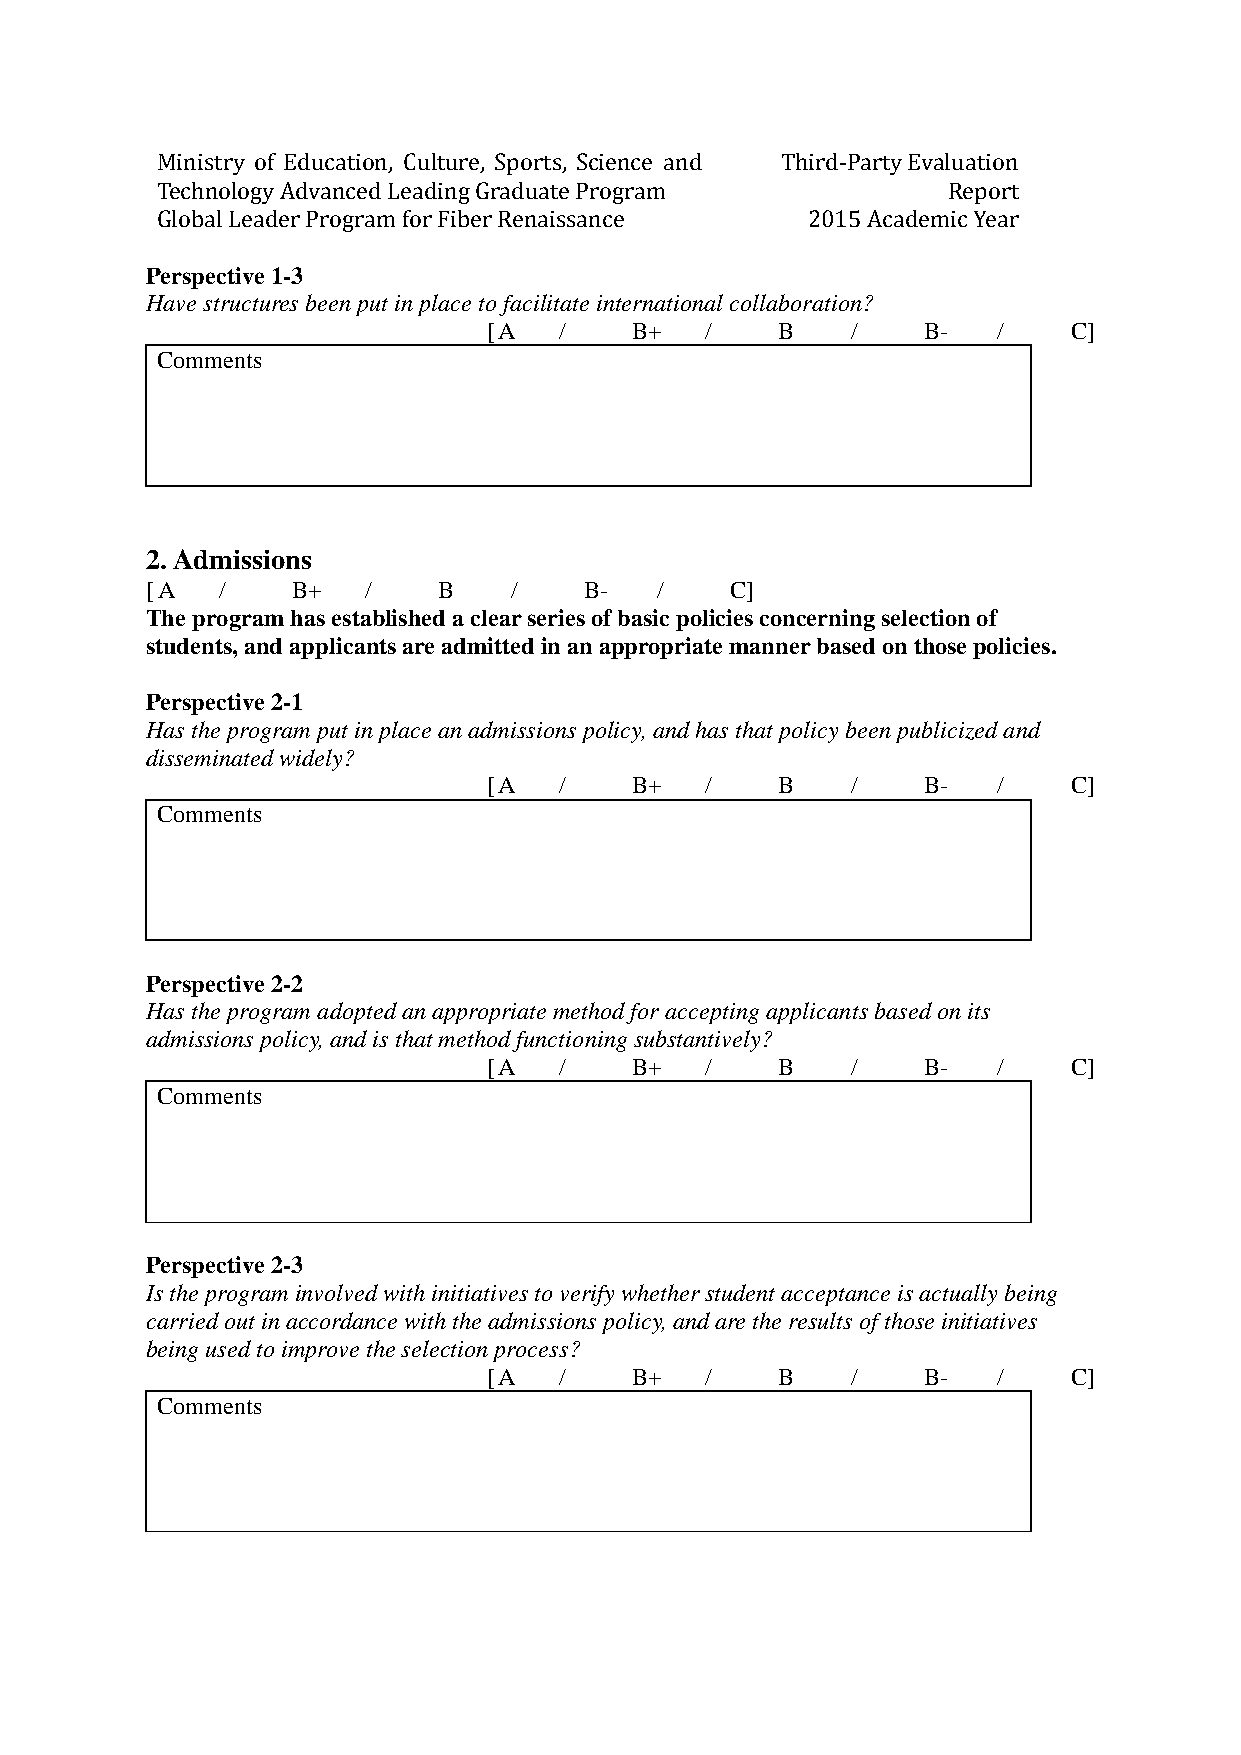
Ministry of Education, Culture, Sports, Science and Third-Party Evaluation
 Technology Advanced Leading Graduate Program         Report
 Global Leader Program for Fiber Renaissance 2015 Academic Year
 Perspective 1-3
 Have structures been put in place to facilitate international collaboration?
 [ A  /    B+   /    B   /    B-   /    C]
 Comments
 2. Admissions
 [ A /    B+   /    B    /    B-  /    C]
 The program has established a clear series of basic policies concerning selection of
 students, and applicants are admitted in an appropriate manner based on those policies.
 Perspective 2-1
 Has the program put in place an admissions policy, and has that policy been publicized and
 disseminated widely?
 [ A  /    B+   /    B   /    B-   /    C]
 Comments
 Perspective 2-2
 Has the program adopted an appropriate method for accepting applicants based on its
 admissions policy, and is that method functioning substantively?
 [ A  /    B+   /    B   /    B-   /    C]
 Comments
 Perspective 2-3
 Is the program involved with initiatives to verify whether student acceptance is actually being
 carried out in accordance with the admissions policy, and are the results of those initiatives
 being used to improve the selection process?
 [ A  /    B+   /    B   /    B-   /    C]
 Comments